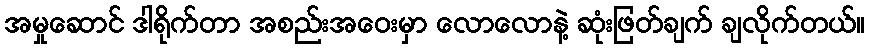
အမှုဆောင် ဒါရိုက်တာ အစည်းအဝေးမှာ လောလောနဲ့ ဆုံးဖြတ်ချက် ချလိုက်တယ်။